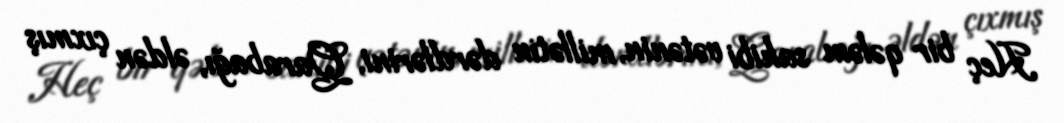
Heç bir qələm sahibi vətənin, millətin dərdlərini, Qarabağı, əldən çıxmış